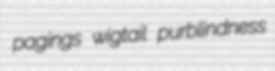
pagings wigtail purblindness